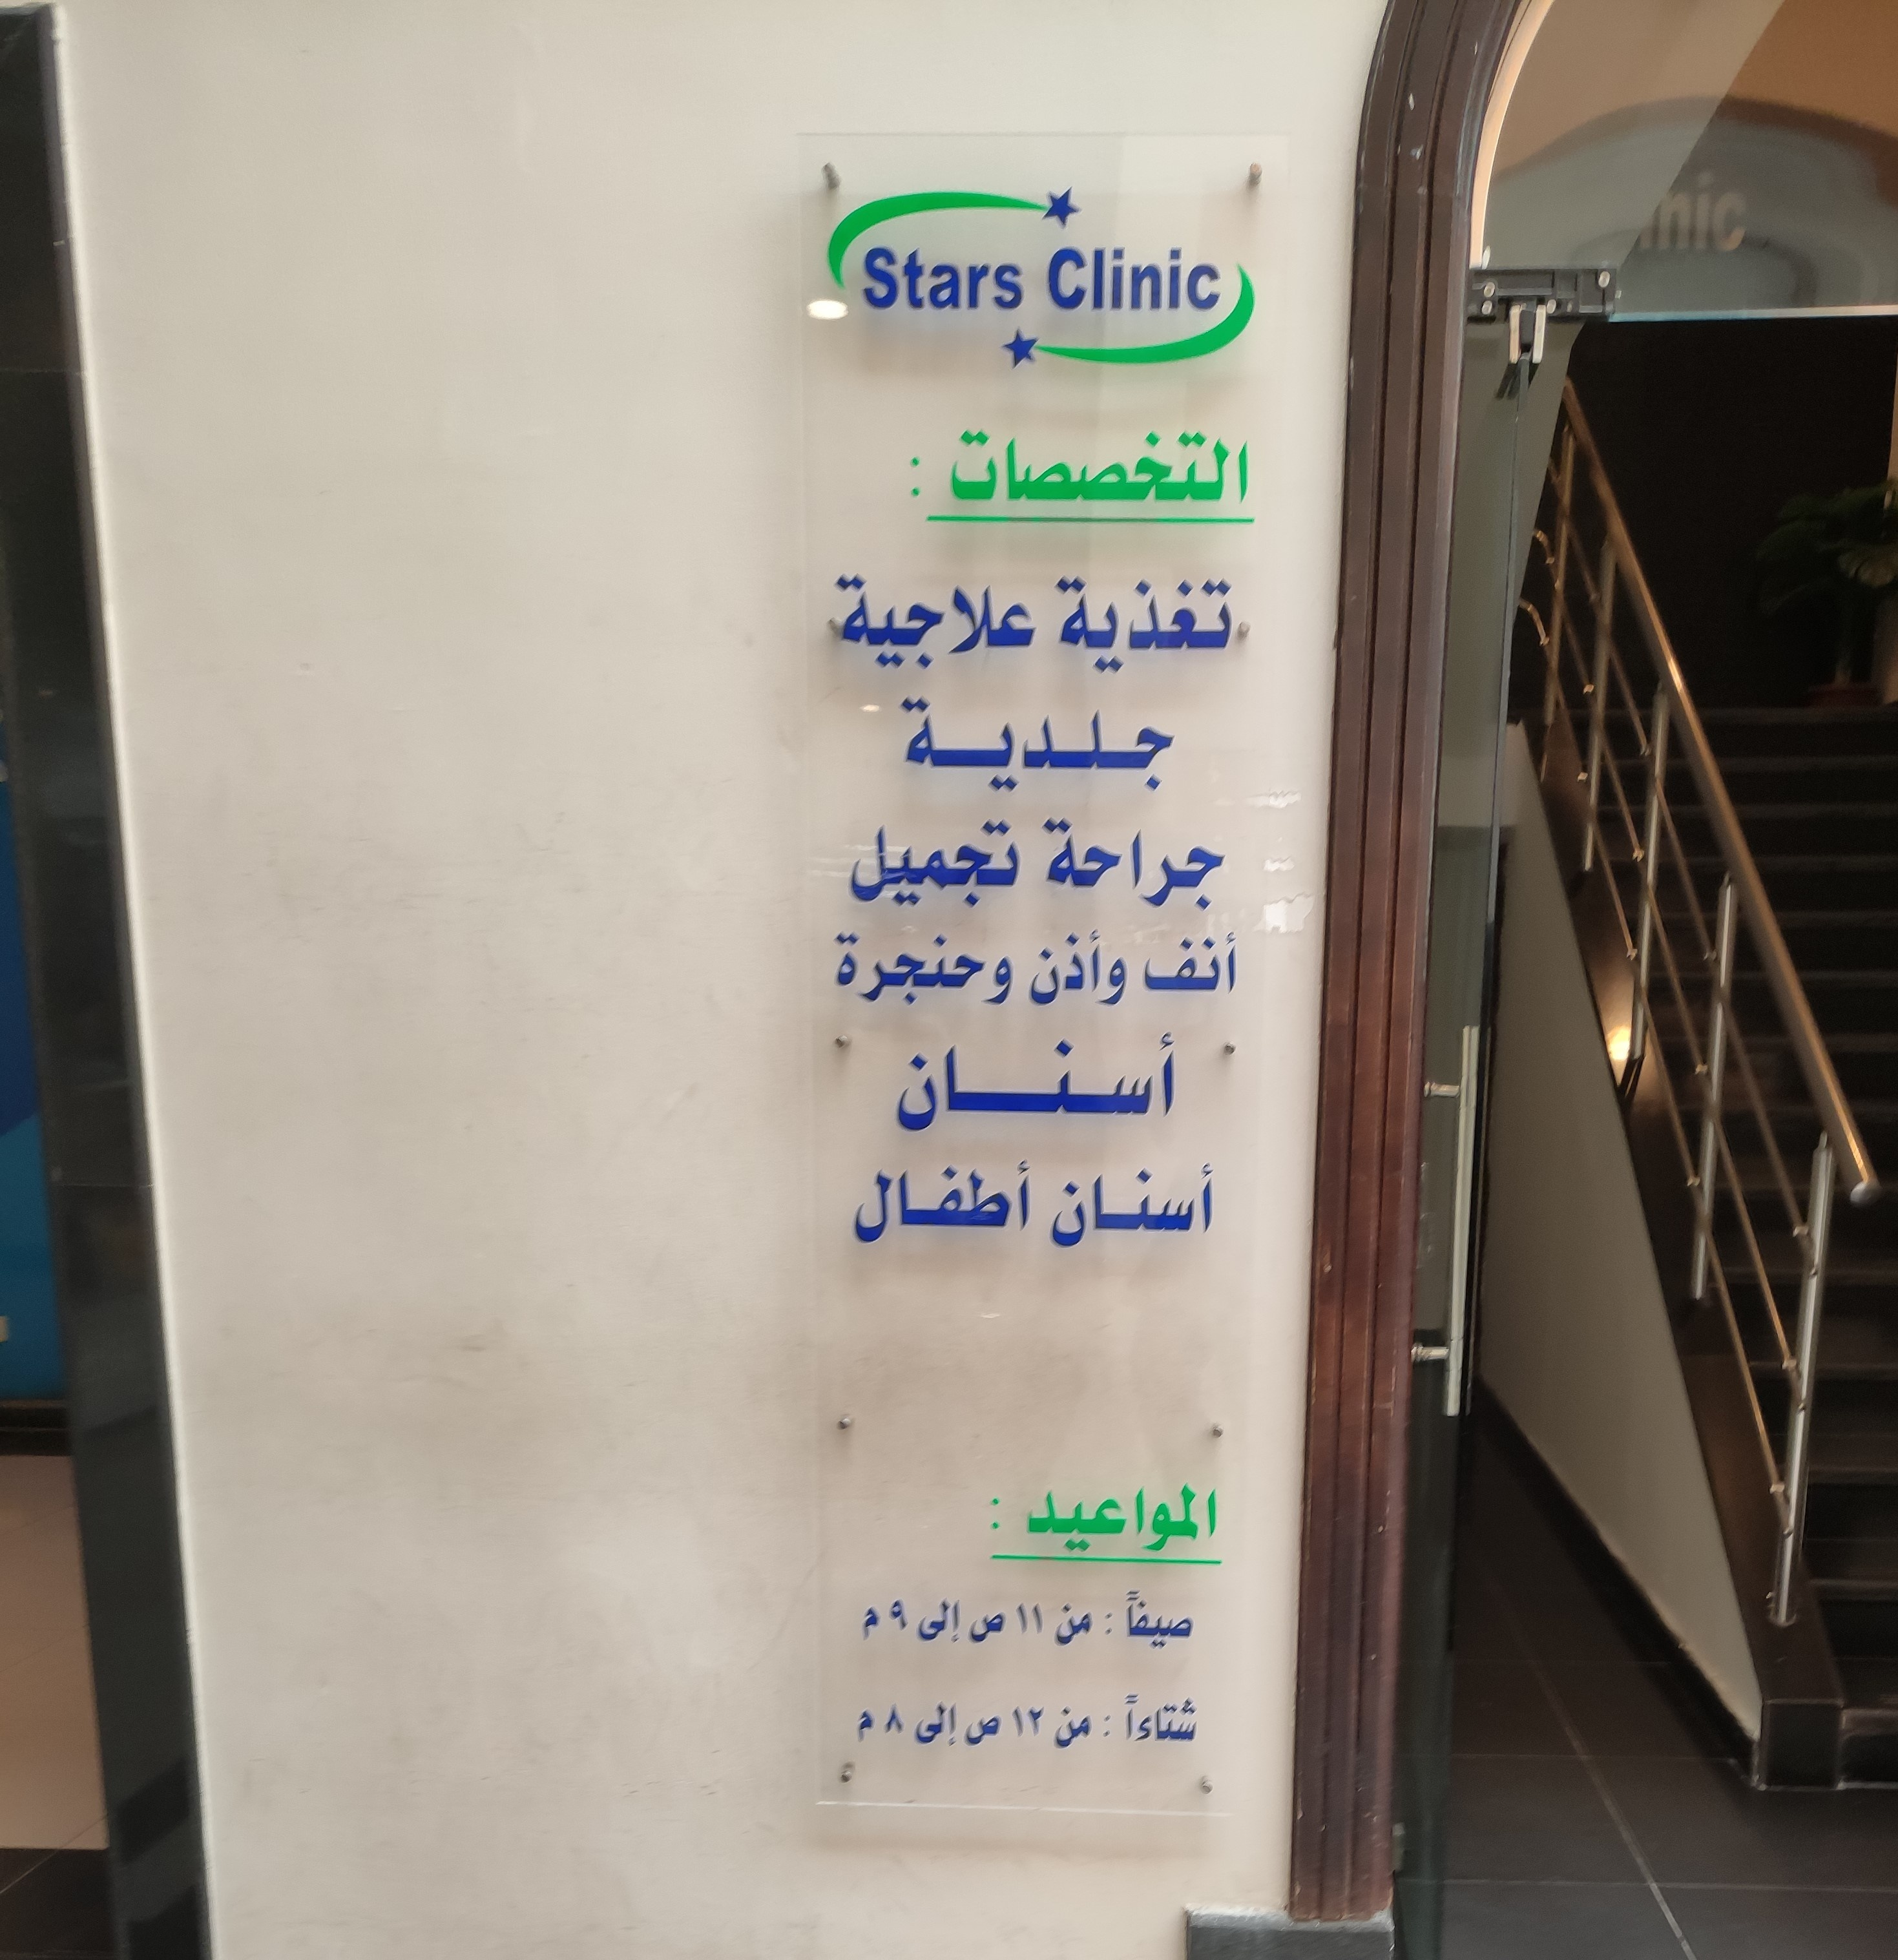
Text in image: التخصصات علاجية تغذية جلدية تجميل جراحة أنف وأذن وحنجرة أسنان أطفال أسنان المواعيد صيفاً 9 11 إلى ص م من شتاءاً 12 8 إلى م ص من Stars Clinic